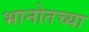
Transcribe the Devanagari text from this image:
भानोतच्या